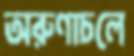
অরুণাচলে